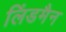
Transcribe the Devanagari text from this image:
लिंडमैन